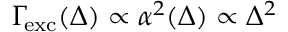
\Gamma \! _ { \mathrm { e x c } } ( \Delta ) \propto \alpha ^ { 2 } ( \Delta ) \propto \Delta ^ { 2 }